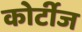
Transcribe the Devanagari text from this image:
कोर्टीज